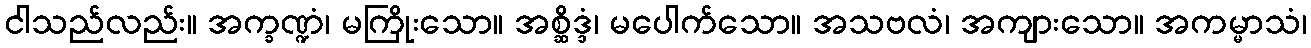
ငါသည်လည်း။ အက္ခဏ္ဍံ၊ မကြိုးသော။ အစ္ဆိဒ္ဒံ၊ မပေါက်သော။ အသဗလံ၊ အကျားသော။ အကမ္မာသံ၊